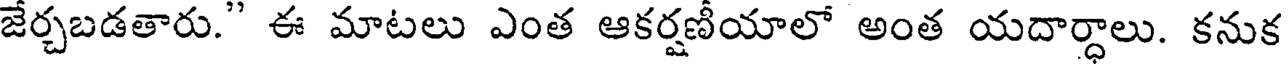
జేర్చబడతారు." ఈ మాటలు ఎంత ఆకర్షణీయాలో అంత యదార్ధాలు. కనుక